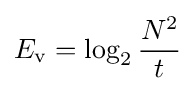
E_{\mathrm {v} }=\log _{2}{\frac {N^{2}}{t}}